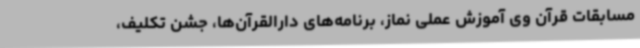
مسابقات قرآن وی آموزش عملی نماز، برنامه‌های دارالقرآن‌ها، جشن تکلیف،